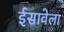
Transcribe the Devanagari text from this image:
ईसावेला